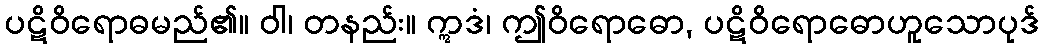
ပဋိဝိရောဓမည်၏။ ဝါ၊ တနည်း။ ဣဒံ၊ ဤဝိရောဓော, ပဋိဝိရောဓောဟူသောပုဒ်